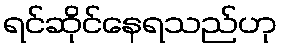
ရင်ဆိုင်နေရသည်ဟု